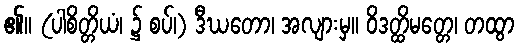
၏။ (ပါစိတ္တိယံ၊ ၌ စပ်၊) ဒီဃတော၊ အလျားမှ။ ဝိဒတ္ထိမတ္တေ၊ တထွာ